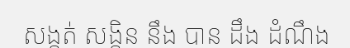
សង្កត់ សង្កិន នឹង បាន ដឹង ដំណឹង